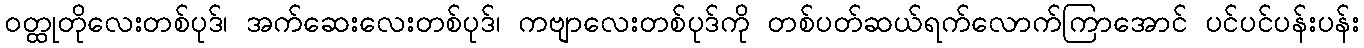
၀တ္ထုတိုလေးတစ်ပုဒ်၊ အက်ဆေးလေးတစ်ပုဒ်၊ ကဗျာလေးတစ်ပုဒ်ကို တစ်ပတ်ဆယ်ရက်လောက်ကြာအောင် ပင်ပင်ပန်းပန်း